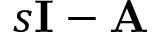
s \mathbf { I } - \mathbf { A }